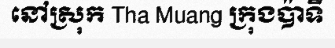
នៅស្រុក Tha Muang ក្រុងប៉ាទី